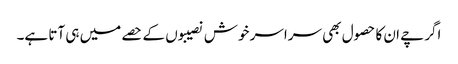
اگرچے ان کا حصول بھی سراسر خوش نصیبوں کے حصے میں ہی آتا ہے۔